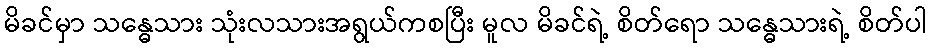
မိခင်မှာ သန္ဓေသား သုံးလသားအရွယ်ကစပြီး မူလ မိခင်ရဲ့ စိတ်ရော သန္ဓေသားရဲ့ စိတ်ပါ